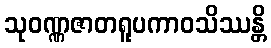
သုဝဏ္ဏဇာတရူပကာဝသိဿန္တိ